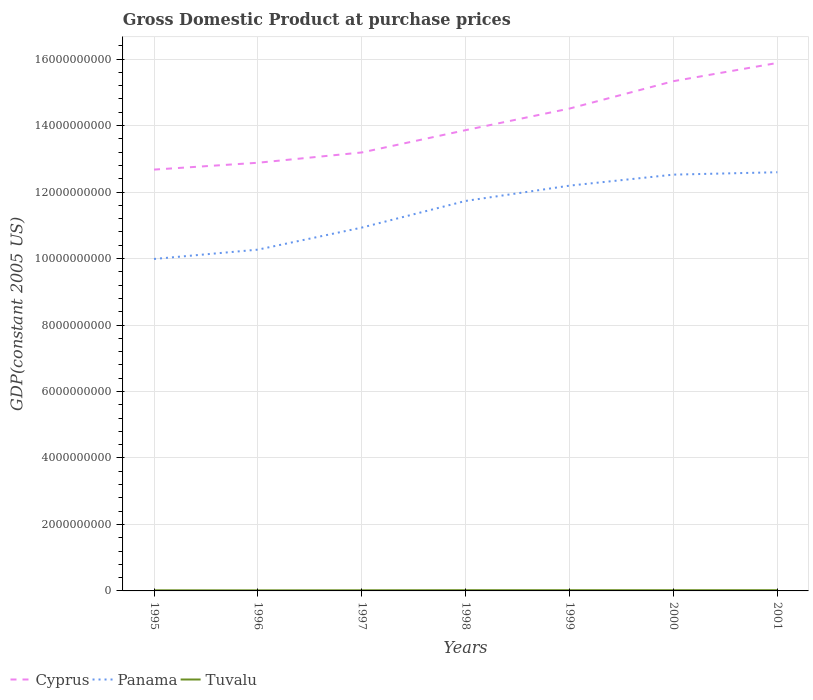
| Years | Cyprus | Panama | Tuvalu |
 | --- | --- | --- | --- |
 | 1995 | 1.27e+10 | 9.99e+09 | 1.86e+07 |
 | 1996 | 1.29e+10 | 1.03e+10 | 1.75e+07 |
 | 1997 | 1.32e+10 | 1.09e+10 | 1.93e+07 |
 | 1998 | 1.39e+10 | 1.17e+10 | 2.23e+07 |
 | 1999 | 1.45e+10 | 1.22e+10 | 2.19e+07 |
 | 2000 | 1.53e+10 | 1.25e+10 | 2.17e+07 |
 | 2001 | 1.59e+10 | 1.26e+10 | 2.21e+07 |